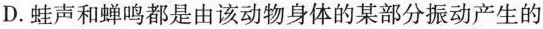
D. 蛙声和蝉鸣都是由该动物身体的某部分振动产生的